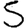
Digit: 5